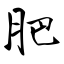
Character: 肥